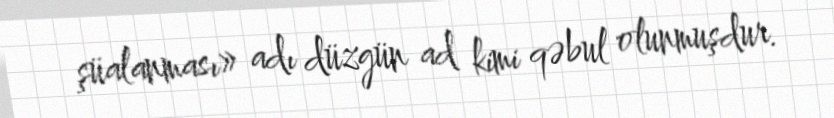
şüalanması» adı düzgün ad kimi qəbul olunmuşdur.